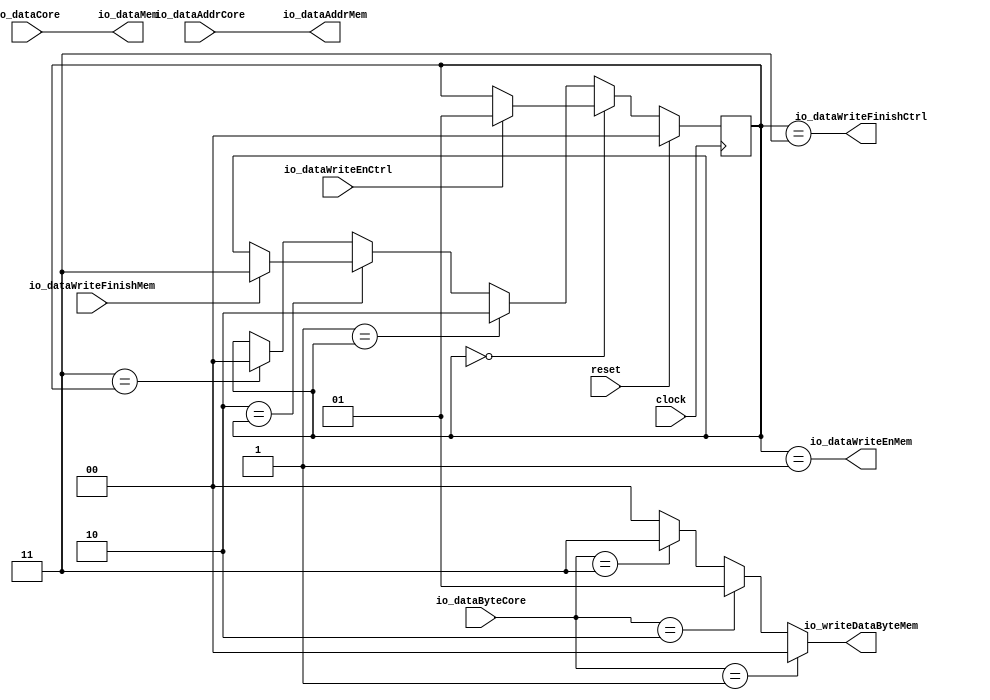
module dataWrite(
  input         clock,
  input         reset,
  input  [31:0] io_dataAddrCore,
  input  [2:0]  io_dataByteCore,
  input  [63:0] io_dataCore,
  output        io_dataWriteEnMem,
  output [31:0] io_dataAddrMem,
  output [1:0]  io_writeDataByteMem,
  output [63:0] io_dataMem,
  input         io_dataWriteFinishMem,
  input         io_dataWriteEnCtrl,
  output        io_dataWriteFinishCtrl
);
`ifdef RANDOMIZE_REG_INIT
  reg [31:0] _RAND_0;
`endif // RANDOMIZE_REG_INIT
  reg [1:0] stateReg; // @[dataWriteFSM.scala 34:25]
  wire [1:0] _GEN_1 = io_dataWriteFinishMem ? 2'h3 : stateReg; // @[dataWriteFSM.scala 46:31 47:18 34:25]
  wire [1:0] _GEN_2 = 2'h3 == stateReg ? 2'h0 : stateReg; // @[dataWriteFSM.scala 36:19 51:16 34:25]
  wire [2:0] _GEN_6 = io_dataByteCore == 3'h3 ? 3'h3 : 3'h4; // @[dataWriteFSM.scala 67:39 68:25 71:25]
  wire [2:0] _GEN_7 = io_dataByteCore == 3'h2 ? 3'h1 : _GEN_6; // @[dataWriteFSM.scala 64:38 65:25]
  wire [2:0] _GEN_8 = io_dataByteCore == 3'h1 ? 3'h0 : _GEN_7; // @[dataWriteFSM.scala 61:33 62:25]
  assign io_dataWriteEnMem = stateReg == 2'h1; // @[dataWriteFSM.scala 55:39]
  assign io_dataAddrMem = io_dataAddrCore; // @[dataWriteFSM.scala 57:26]
  assign io_writeDataByteMem = _GEN_8[1:0];
  assign io_dataMem = io_dataCore; // @[dataWriteFSM.scala 58:26]
  assign io_dataWriteFinishCtrl = stateReg == 2'h3; // @[dataWriteFSM.scala 56:39]
  always @(posedge clock) begin
    if (reset) begin // @[dataWriteFSM.scala 34:25]
      stateReg <= 2'h0; // @[dataWriteFSM.scala 34:25]
    end else if (2'h0 == stateReg) begin // @[dataWriteFSM.scala 36:19]
      if (io_dataWriteEnCtrl) begin // @[dataWriteFSM.scala 38:28]
        stateReg <= 2'h1; // @[dataWriteFSM.scala 39:18]
      end
    end else if (2'h1 == stateReg) begin // @[dataWriteFSM.scala 36:19]
      stateReg <= 2'h2; // @[dataWriteFSM.scala 43:16]
    end else if (2'h2 == stateReg) begin // @[dataWriteFSM.scala 36:19]
      stateReg <= _GEN_1;
    end else begin
      stateReg <= _GEN_2;
    end
  end
// Register and memory initialization
`ifdef RANDOMIZE_GARBAGE_ASSIGN
`define RANDOMIZE
`endif
`ifdef RANDOMIZE_INVALID_ASSIGN
`define RANDOMIZE
`endif
`ifdef RANDOMIZE_REG_INIT
`define RANDOMIZE
`endif
`ifdef RANDOMIZE_MEM_INIT
`define RANDOMIZE
`endif
`ifndef RANDOM
`define RANDOM $random
`endif
`ifdef RANDOMIZE_MEM_INIT
  integer initvar;
`endif
`ifndef SYNTHESIS
`ifdef FIRRTL_BEFORE_INITIAL
`FIRRTL_BEFORE_INITIAL
`endif
initial begin
  `ifdef RANDOMIZE
    `ifdef INIT_RANDOM
      `INIT_RANDOM
    `endif
    `ifndef VERILATOR
      `ifdef RANDOMIZE_DELAY
        #`RANDOMIZE_DELAY begin end
      `else
        #0.002 begin end
      `endif
    `endif
`ifdef RANDOMIZE_REG_INIT
  _RAND_0 = {1{`RANDOM}};
  stateReg = _RAND_0[1:0];
`endif // RANDOMIZE_REG_INIT
  `endif // RANDOMIZE
end // initial
`ifdef FIRRTL_AFTER_INITIAL
`FIRRTL_AFTER_INITIAL
`endif
`endif // SYNTHESIS
endmodule